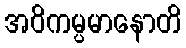
အဝိကမ္ပမာနောတိ